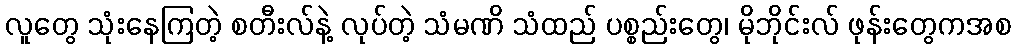
လူတွေ သုံးနေကြတဲ့ စတီးလ်နဲ့ လုပ်တဲ့ သံမဏိ သံထည် ပစ္စည်းတွေ၊ မိုဘိုင်းလ် ဖုန်းတွေကအစ